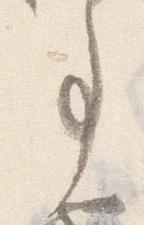
事